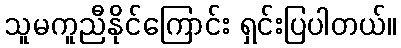
သူမကူညီနိုင်ကြောင်း ရှင်းပြပါတယ်။